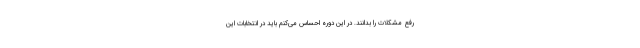
رفع مشکلات را بدانند. در این دوره احساس می‌کنم باید در انتخابات این